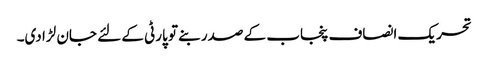
تحریک انصاف پنجاب کے صدر بنے تو پارٹی کے لئے جان لڑا دی۔